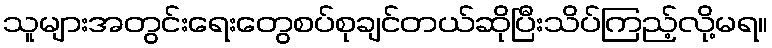
သူများအတွင်းရေးတွေစပ်စုချင်တယ်ဆိုပြီးသိပ်ကြည့်လို့မရ။